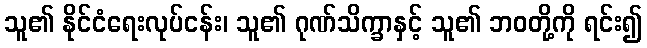
သူ၏ နိုင်ငံရေးလုပ်ငန်း၊ သူ၏ ဂုဏ်သိက္ခာနှင့် သူ၏ ဘဝတို့ကို ရင်း၍